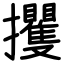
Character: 攫